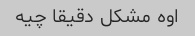
اوه مشکل دقیقا چیه